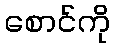
စောင်ကို